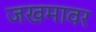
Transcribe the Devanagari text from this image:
जखमावर